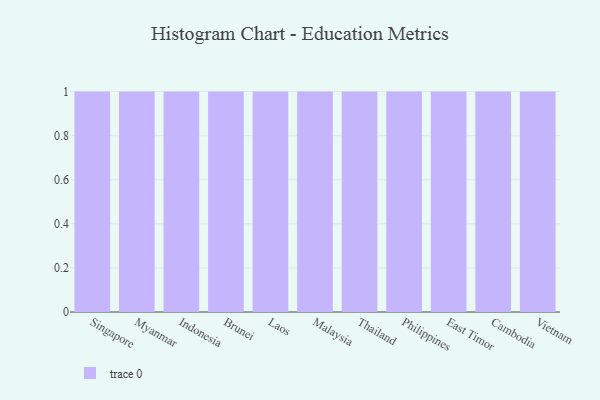
{"axis": {"x": "Country", "y": "Active Users"}, "legend": [""], "data": [{"x": "Singapore", "y": 99, "type": ""}, {"x": "Myanmar", "y": 2, "type": ""}, {"x": "Indonesia", "y": 34, "type": ""}, {"x": "Brunei", "y": 54, "type": ""}, {"x": "Laos", "y": 12, "type": ""}, {"x": "Malaysia", "y": 47, "type": ""}, {"x": "Thailand", "y": 10, "type": ""}, {"x": "Philippines", "y": 20, "type": ""}, {"x": "East Timor", "y": 49, "type": ""}, {"x": "Cambodia", "y": 23, "type": ""}, {"x": "Vietnam", "y": 73, "type": ""}]}